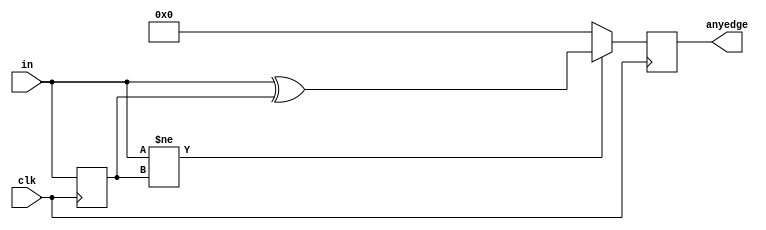
module top_module (
    input clk,
    input [7:0] in,
    output [7:0] anyedge
);
    reg [7:0] prev_in;
    
    always @(posedge clk) begin
        if(in[7:0]!=prev_in[7:0]) anyedge=in^prev_in;
        else anyedge=0;
        prev_in=in;
    end
endmodule